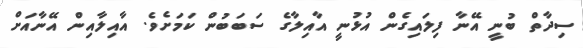
ސިދާތް ބުނީ އޭނާ ފިލައިގެން އުޅުނީ އާއިލާގެ ސަބަބުން ކަމަށެވެ. އާއިލާއިން އޭނާއަށް